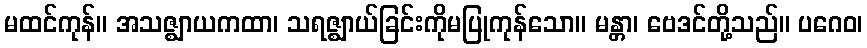
မထင်ကုန်။ အသဇ္ဈာယကထာ၊ သရဇ္ဈာယ်ခြင်းကိုမပြုကုန်သော။ မန္တာ၊ ဗေဒင်တို့သည်။ ပဂေဝ၊